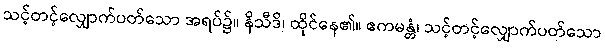
သင့်တင့်လျှောက်ပတ်သော အရပ်၌။ နိသီဒိ၊ ထိုင်နေ၏။ ဧကမန္တံ၊ သင့်တင့်လျှောက်ပတ်သော